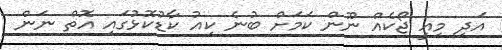
އަދި މިއީ ޖޯކެއް ނޫން ކަމަށް ބުނެ ކިއު ކާޑުކޮޅުގައި އޮތް ނަން